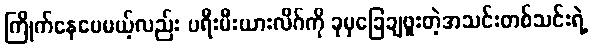
ကြိုက်နေပေမယ့်လည်း ပရီးမီးယားလိဂ်ကို ခုမှခြေချဖူးတဲ့အသင်းတစ်သင်းရဲ့